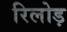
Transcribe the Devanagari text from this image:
रिलोड़